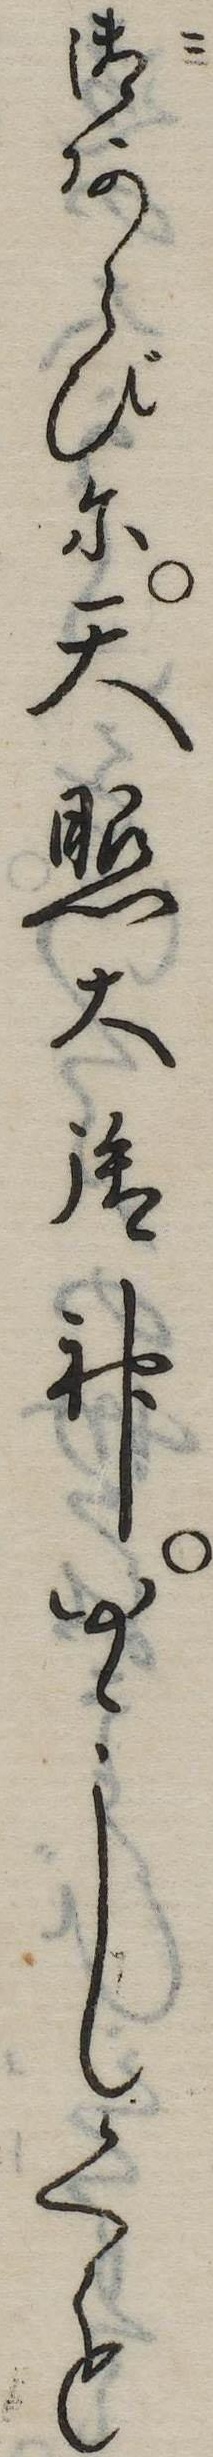
御あらびに天照大御神ゆゝしくも